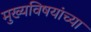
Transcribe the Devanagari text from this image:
मुख्यविषयांच्या